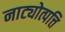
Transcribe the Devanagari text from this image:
नाट्योत्पत्ति